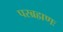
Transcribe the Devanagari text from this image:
परब्रह्मणः